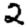
Digit: 2